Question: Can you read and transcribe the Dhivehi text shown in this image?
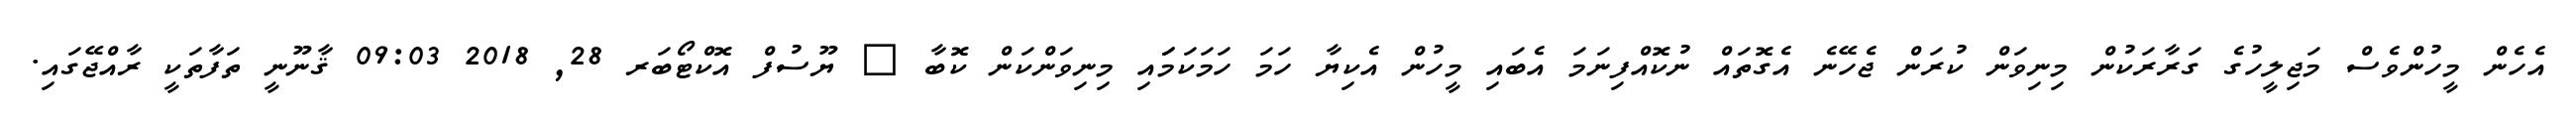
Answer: އެހެން މީހުންވެސް މަޖިލީހުގެ ގަރާރަކުން މިނިވަން ކުރަން ޖެހޭނެ އެގޮތައް ނުކޮއްފިނަމަ އެބައި މީހުން އެކިޔާ ހަމަ ހަމަކަމަައި މިނިވަންކަން ކޮބާ ? ޔޫސުފް އޮކްޓޯބަރ 28, 2018 09:03 ޤާނޫނީ ތަފާތަކީ ރާއްޖޭގައި.